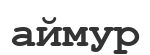
аймур